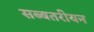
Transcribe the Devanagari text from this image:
सब्बतरीयन